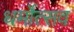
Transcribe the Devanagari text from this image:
धर्मोत्सव